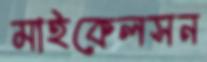
মাইকেলসন